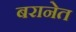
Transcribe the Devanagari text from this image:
बरानेत